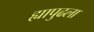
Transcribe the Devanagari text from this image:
ह्यापुढला